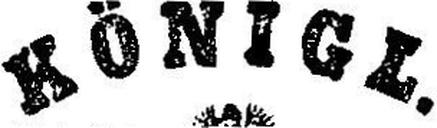
Königl.